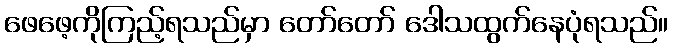
ဖေဖေ့ကိုကြည့်ရသည်မှာ တော်တော် ဒေါသထွက်နေပုံရသည်။